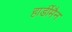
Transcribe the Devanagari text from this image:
हार्डीमैन